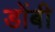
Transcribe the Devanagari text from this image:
डोंबी